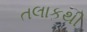
તલાકથી